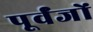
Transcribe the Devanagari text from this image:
पूर्वंजों